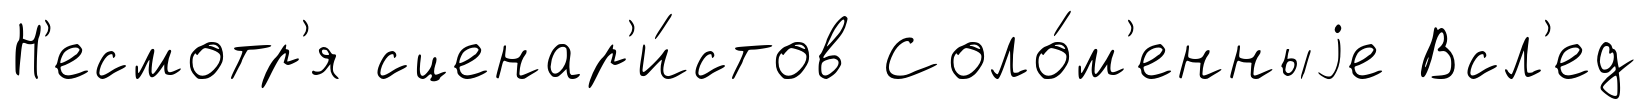
Н'есмотр'я сценар'и́стов Соло́м'енныjе Всл'ед